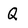
Character: Q